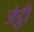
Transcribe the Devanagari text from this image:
जेट्ठी